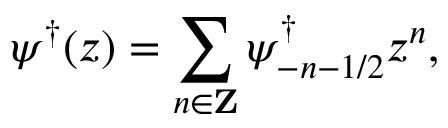
\psi ^ { \dagger } ( z ) = \sum _ { n \in { \bf Z } } \psi _ { - n - 1 / 2 } ^ { \dagger } z ^ { n } ,